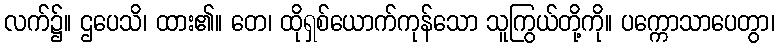
လက်၌။ ဌပေသိ၊ ထား၏။ တေ၊ ထိုရှစ်ယောက်ကုန်သော သူကြွယ်တို့ကို။ ပက္ကောသာပေတွာ၊